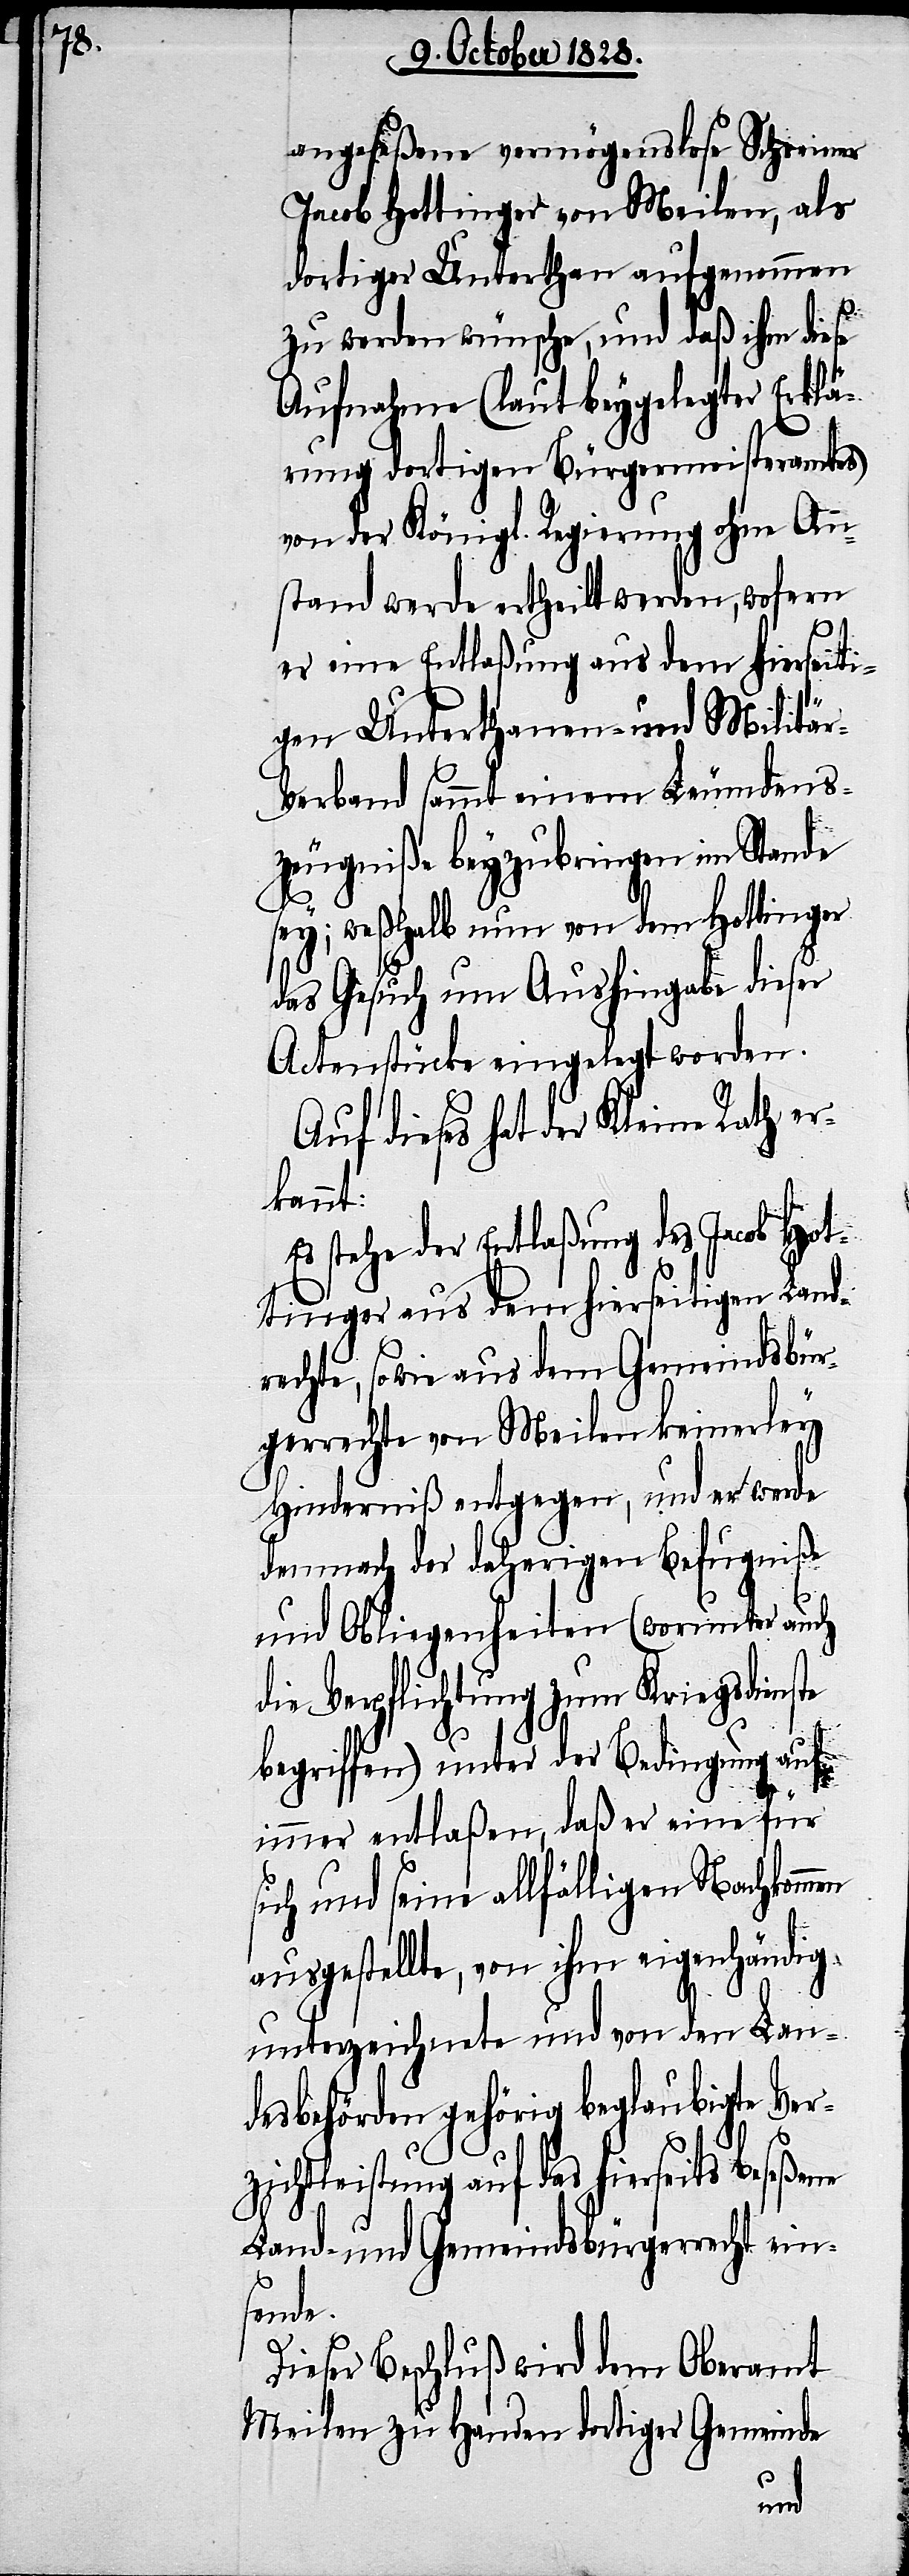
angeseßene vermögenslose Schreiners
Jacob Hottinger von Meilen, als
dortiger Unterthan aufgenommen
zu werden wünsche, und daß ihm diese
Aufnahme (laut beygelegter Erklä¬
rung dortigen Bürgermeisteramtes)
von der Königl. Regierung ohne An¬
stand werde ertheilt werden, wofern
er eine Entlaßung aus dem hierseiti¬
gen Unterthanen- und Militä¬
r-Verband sammt einem Leumdens¬
zeugniße beyzubringen im Stande
sey; weßhalb nun von dem Hottinger
das Gesuch um Aushingabe dieser
Actenstücke eingelegt worden.
Auf dieses hat der Kleine Rath er¬
kannt:
stehe der Entlaßung des Jacob Hot¬
tinger aus dem hierseitigen Land¬
rechte, sowie aus dem Gemeindsbür¬
gerrechte von Meilen keinerley
Hinderniß entgegen, und er werde
demnach der daherigen Befugniße
und Obliegenheiten (worunter auch
die Verpflichtung zum Kriegsdienste
begriffen) unter der Bedingung auf
immer entlaßen, daß er eine für
sich und seine allfälligen Nachkommen
ausgestellte, von ihm eigenhändig
unterzeichnete und von den Lan¬
desbehörden gehörig beglaubigte Ver¬
zichtleistung auf das hierseits beseße¬
Land- und Gemeindsbürgerrecht ein¬
sende.
Dieser Beschluß wird dem Oberamt
Meilen zu Handen dortiger Gemeinde
ne